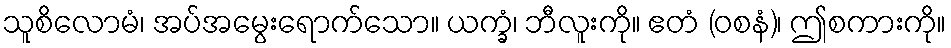
သူစိလောမံ၊ အပ်အမွေးရောက်သော။ ယက္ခံ၊ ဘီလူးကို။ ဧတံ (ဝစနံ)၊ ဤစကားကို။